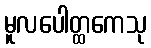
မူလပေါတ္ထကေသု